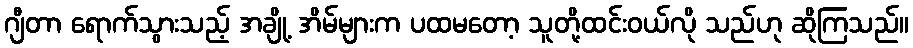
ဂျီတာ ရောက်သွားသည့် အချို့ အိမ်များက ပထမတော့ သူတို့ထင်းဝယ်လို သည်ဟု ဆိုကြသည်။